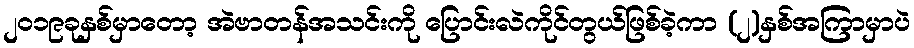
၂၀၁၉ခုနှစ်မှာတော့ အဲဗာတန်အသင်းကို ပြောင်းလဲကိုင်တွယ်ဖြစ်ခဲ့ကာ (၂)နှစ်အကြာမှာပဲ